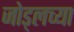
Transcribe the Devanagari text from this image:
जोड्लच्या